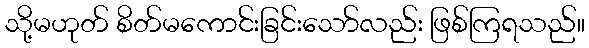
သို့မဟုတ် စိတ်မကောင်းခြင်းသော်လည်း ဖြစ်ကြရသည်။